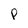
Character: P